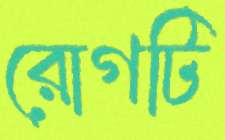
রোগটি